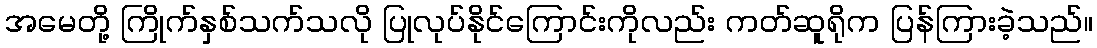
အမေတို့ ကြိုက်နှစ်သက်သလို ပြုလုပ်နိုင်ကြောင်းကိုလည်း ကတ်ဆူရိုက ပြန်ကြားခဲ့သည်။